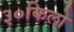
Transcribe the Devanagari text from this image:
३०किलो